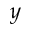
y